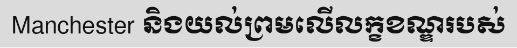
Manchester និងយល់ព្រមលើលក្ខខណ្ឌរបស់